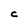
Character: C